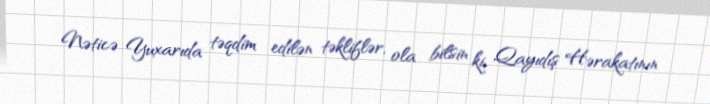
Nəticə Yuxarıda təqdim edilən təkliflər, ola bilsin ki, Qayıdış Hərakatının